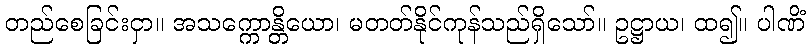
တည်စေခြင်းငှာ။ အသက္ကောန္တိယော၊ မတတ်နိုင်ကုန်သည်ရှိသော်။ ဥဋ္ဌာယ၊ ထ၍။ ပါဏိံ